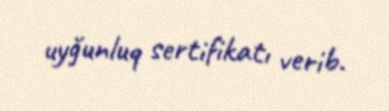
uyğunluq sertifikatı verib.